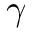
\gamma